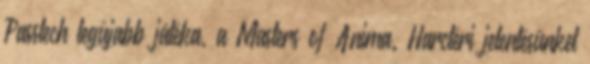
Passtech legújabb játéka, a Masters of Anima. Harctéri jelentésünket